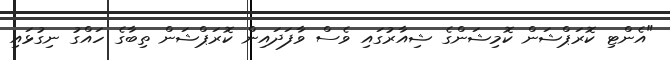
"އެންޓި ކޮރަޕްޝަން ކޮމިޝަންގެ ޝިއާރުގައި ވެސް ވާފަދައިން ކޮރަޕްޝަން ތިބާގެ ހައްގު ނިގުޅައި